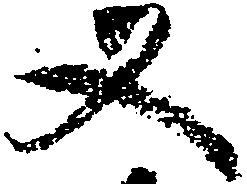
又